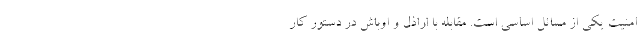
امنیت یکی از مسائل اساسی است. مقابله با اراذل و اوباش در دستور کار